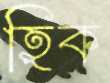
হিক